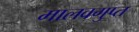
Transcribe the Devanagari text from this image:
मालवगुप्त